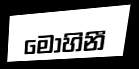
මෝහිනී